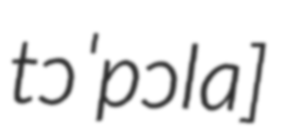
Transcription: tɔˈpɔla]